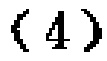
\textbf{( 4 )}